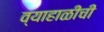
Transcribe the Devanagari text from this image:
व्याहाळीची